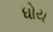
ધોય